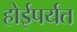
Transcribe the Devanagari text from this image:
होईपर्यत